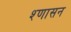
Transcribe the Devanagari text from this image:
श्णासन